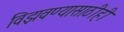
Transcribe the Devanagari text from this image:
विझवण्यासाठीही